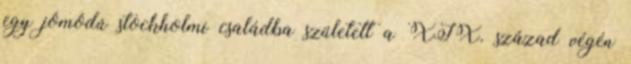
egy jómódú stockholmi családba született a XIX. század végén